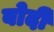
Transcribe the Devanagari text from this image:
बोदी